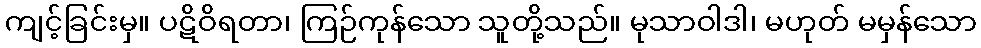
ကျင့်ခြင်းမှ။ ပဋိဝိရတာ၊ ကြဉ်ကုန်သော သူတို့သည်။ မုသာဝါဒါ၊ မဟုတ် မမှန်သော